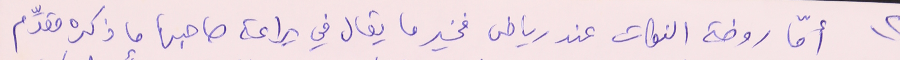
٢) أمّا روضة النكات عند رياض فخير ما يقال في براعة صاحبها ما ذكره مقدِّم